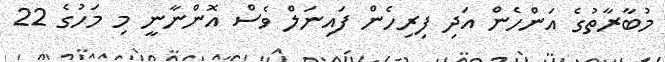
މުބާރާތުގެ އަންހެން އަދި ފިރިހެން ފައިނަލް ވެސް އޮންނާނީ މި މަހުގެ 22